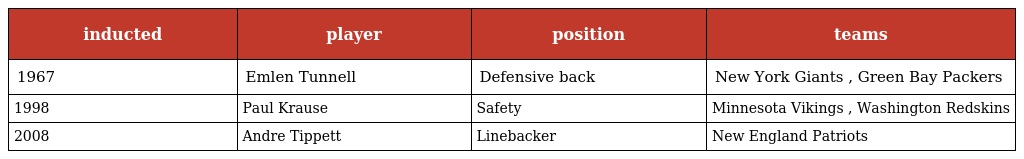
| inducted | player | position | teams |
 | --- | --- | --- | --- |
 | 1967 | Emlen Tunnell | Defensive back | New York Giants , Green Bay Packers |
 | 1998 | Paul Krause | Safety | Minnesota Vikings , Washington Redskins |
 | 2008 | Andre Tippett | Linebacker | New England Patriots |